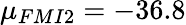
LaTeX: {\mu}_{FMI2}=-36.8